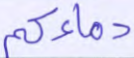
دماءكم